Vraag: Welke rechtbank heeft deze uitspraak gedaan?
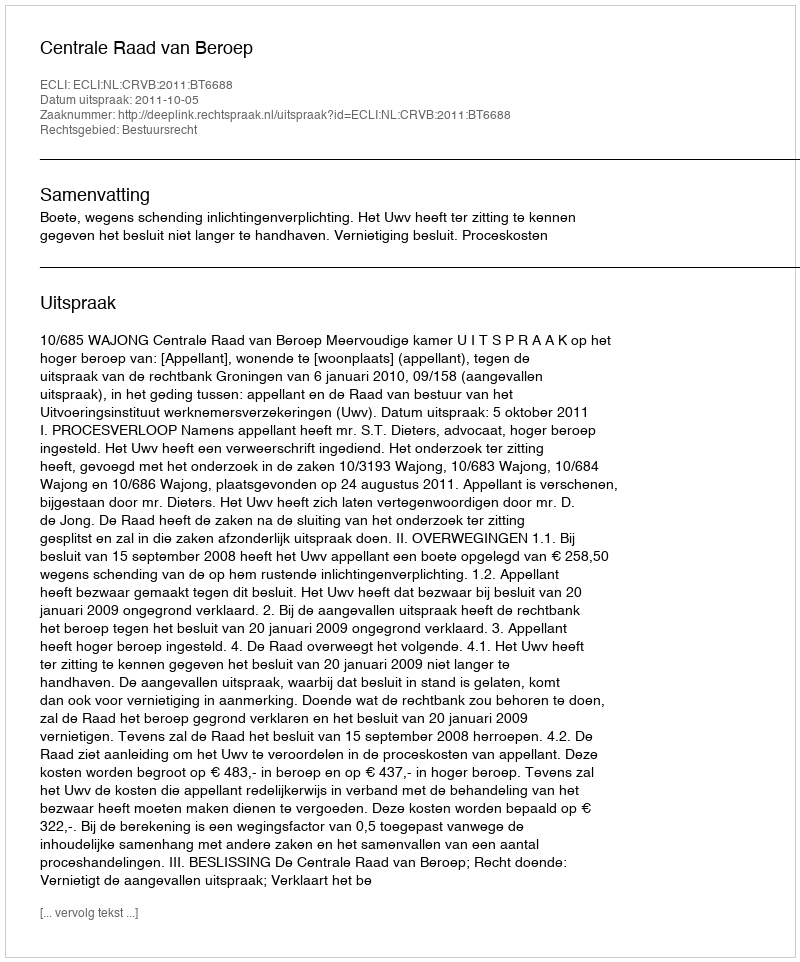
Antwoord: Centrale Raad van Beroep